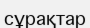
сұрақтар